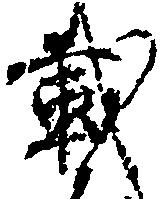
載